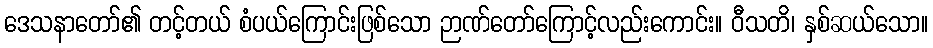
ဒေသနာတော်၏ တင့်တယ် စံပယ်ကြောင်းဖြစ်သော ဉာဏ်တော်ကြောင့်လည်းကောင်း။ ဝီသတိ၊ နှစ်ဆယ်သော။